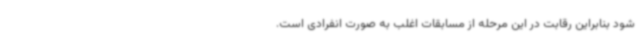
شود بنابراین رقابت در این مرحله از مسابقات اغلب به صورت انفرادی است.